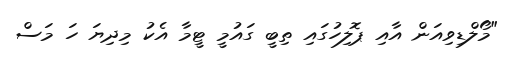
"މޯލްޑިވިއަން އާއި ޕޮލިހުގައި ތިބީ ގައުމީ ޓީމާ އެކު މިދިޔަ ހަ މަސް